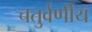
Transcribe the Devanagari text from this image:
चतुर्वर्णीय